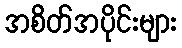
အစိတ်အပိုင်းများ